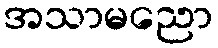
အသာမညော